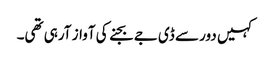
کہیں دور سے ڈی جے بجنے کی آواز آرہی تھی۔